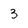
Character: 3